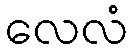
လေလံ